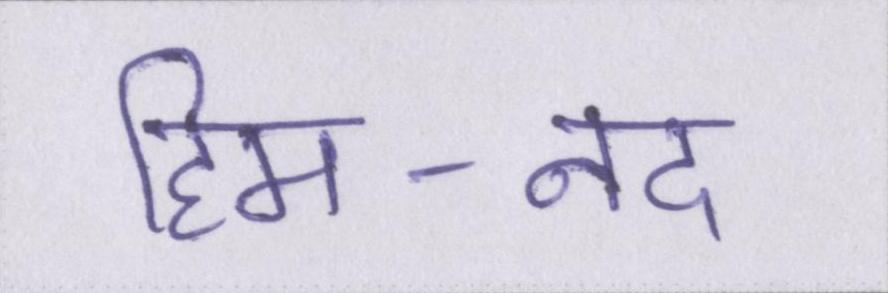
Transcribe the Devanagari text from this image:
हिम-नद